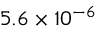
5 . 6 \times 1 0 ^ { - 6 }